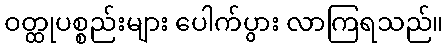
ဝတ္ထုပစ္စည်းများ ပေါက်ပွား လာကြရသည်။